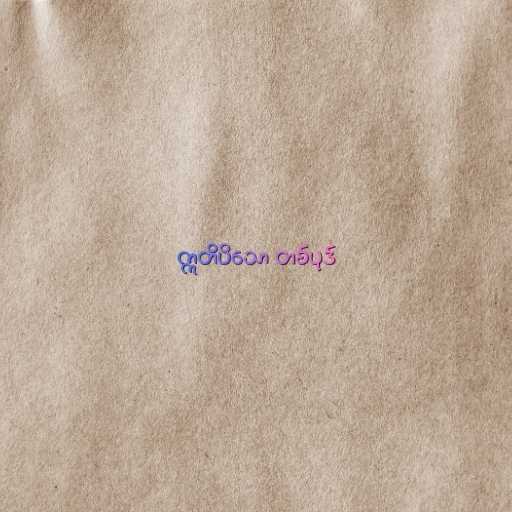
ဣတိပိသော တစ်ပုဒ်